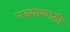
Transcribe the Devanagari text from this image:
नदयाकाठी